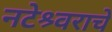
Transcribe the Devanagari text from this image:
नटेश्र्वराचे